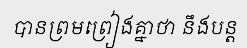
បានព្រមព្រៀងគ្នាថា នឹងបន្ត